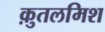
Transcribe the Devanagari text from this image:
क़ुतलमिश